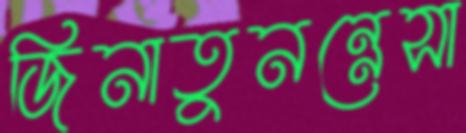
জিনাতুনন্নেসা